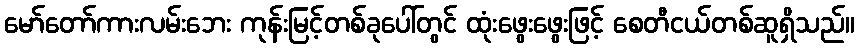
မော်တော်ကားလမ်းဘေး ကုန်းမြင့်တစ်ခုပေါ်တွင် ထုံးဖွေးဖွေးဖြင့် စေတီငယ်တစ်ဆူရှိသည်။